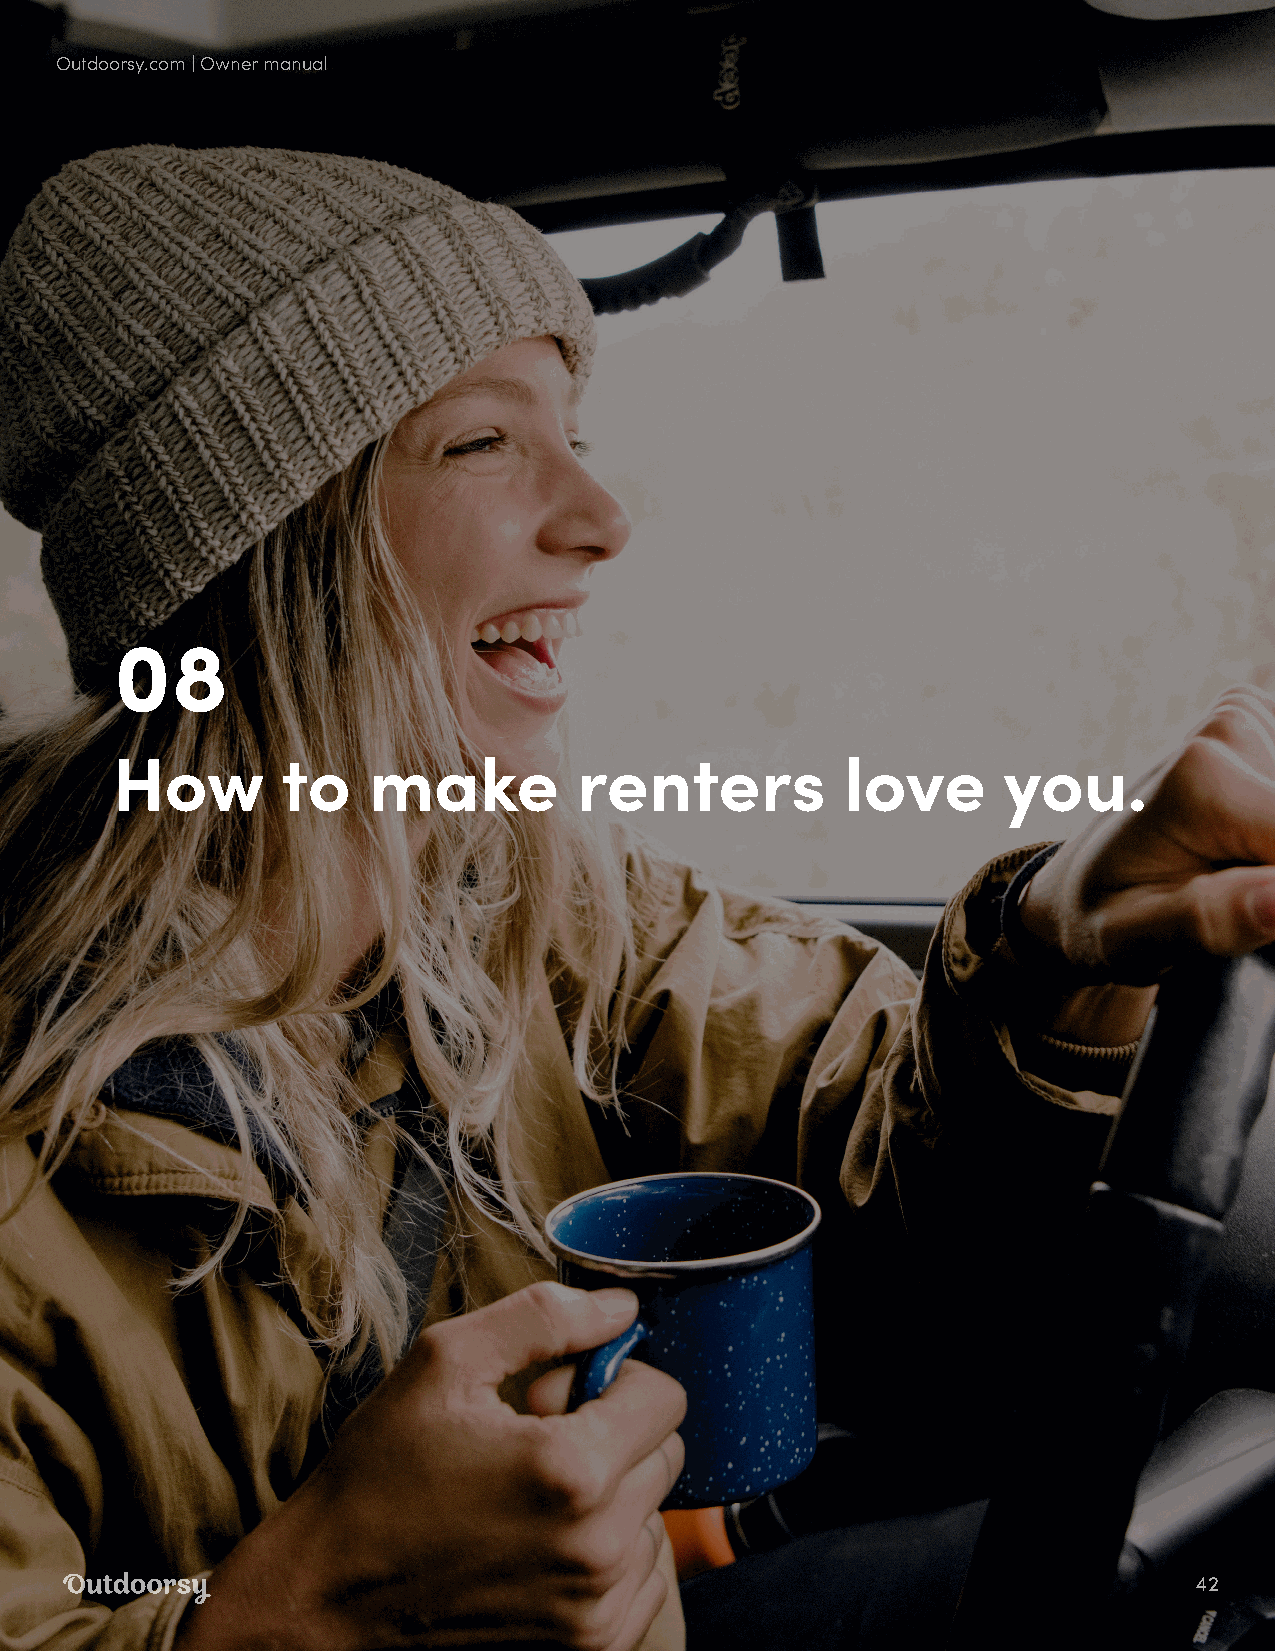
Outdoorsy.com | Owner manual
 08
 How         to   make          renters           love      you.
 42